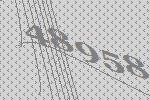
48958